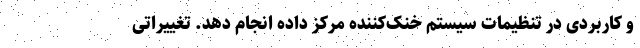
و کاربردی در تنظیمات سیستم خنک‌کننده مرکز داده انجام دهد. تغییراتی